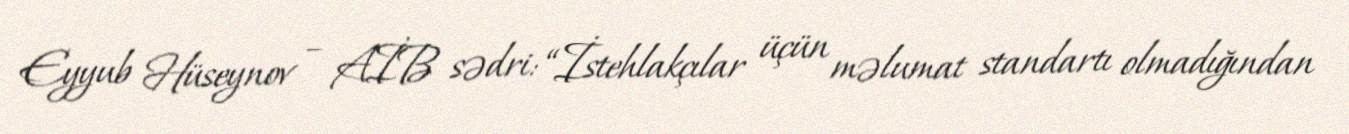
Eyyub Hüseynov – AİB sədri: “İstehlakçılar üçün məlumat standartı olmadığından